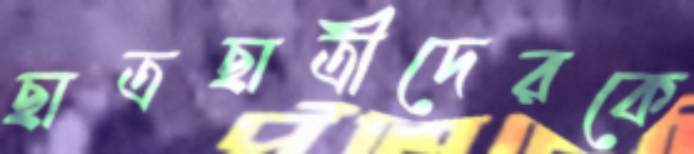
ছাত্রছাত্রীদেরকে